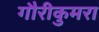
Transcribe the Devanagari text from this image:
गौरीकुमरा